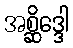
အစ္ဆိဒ္ဒေါ